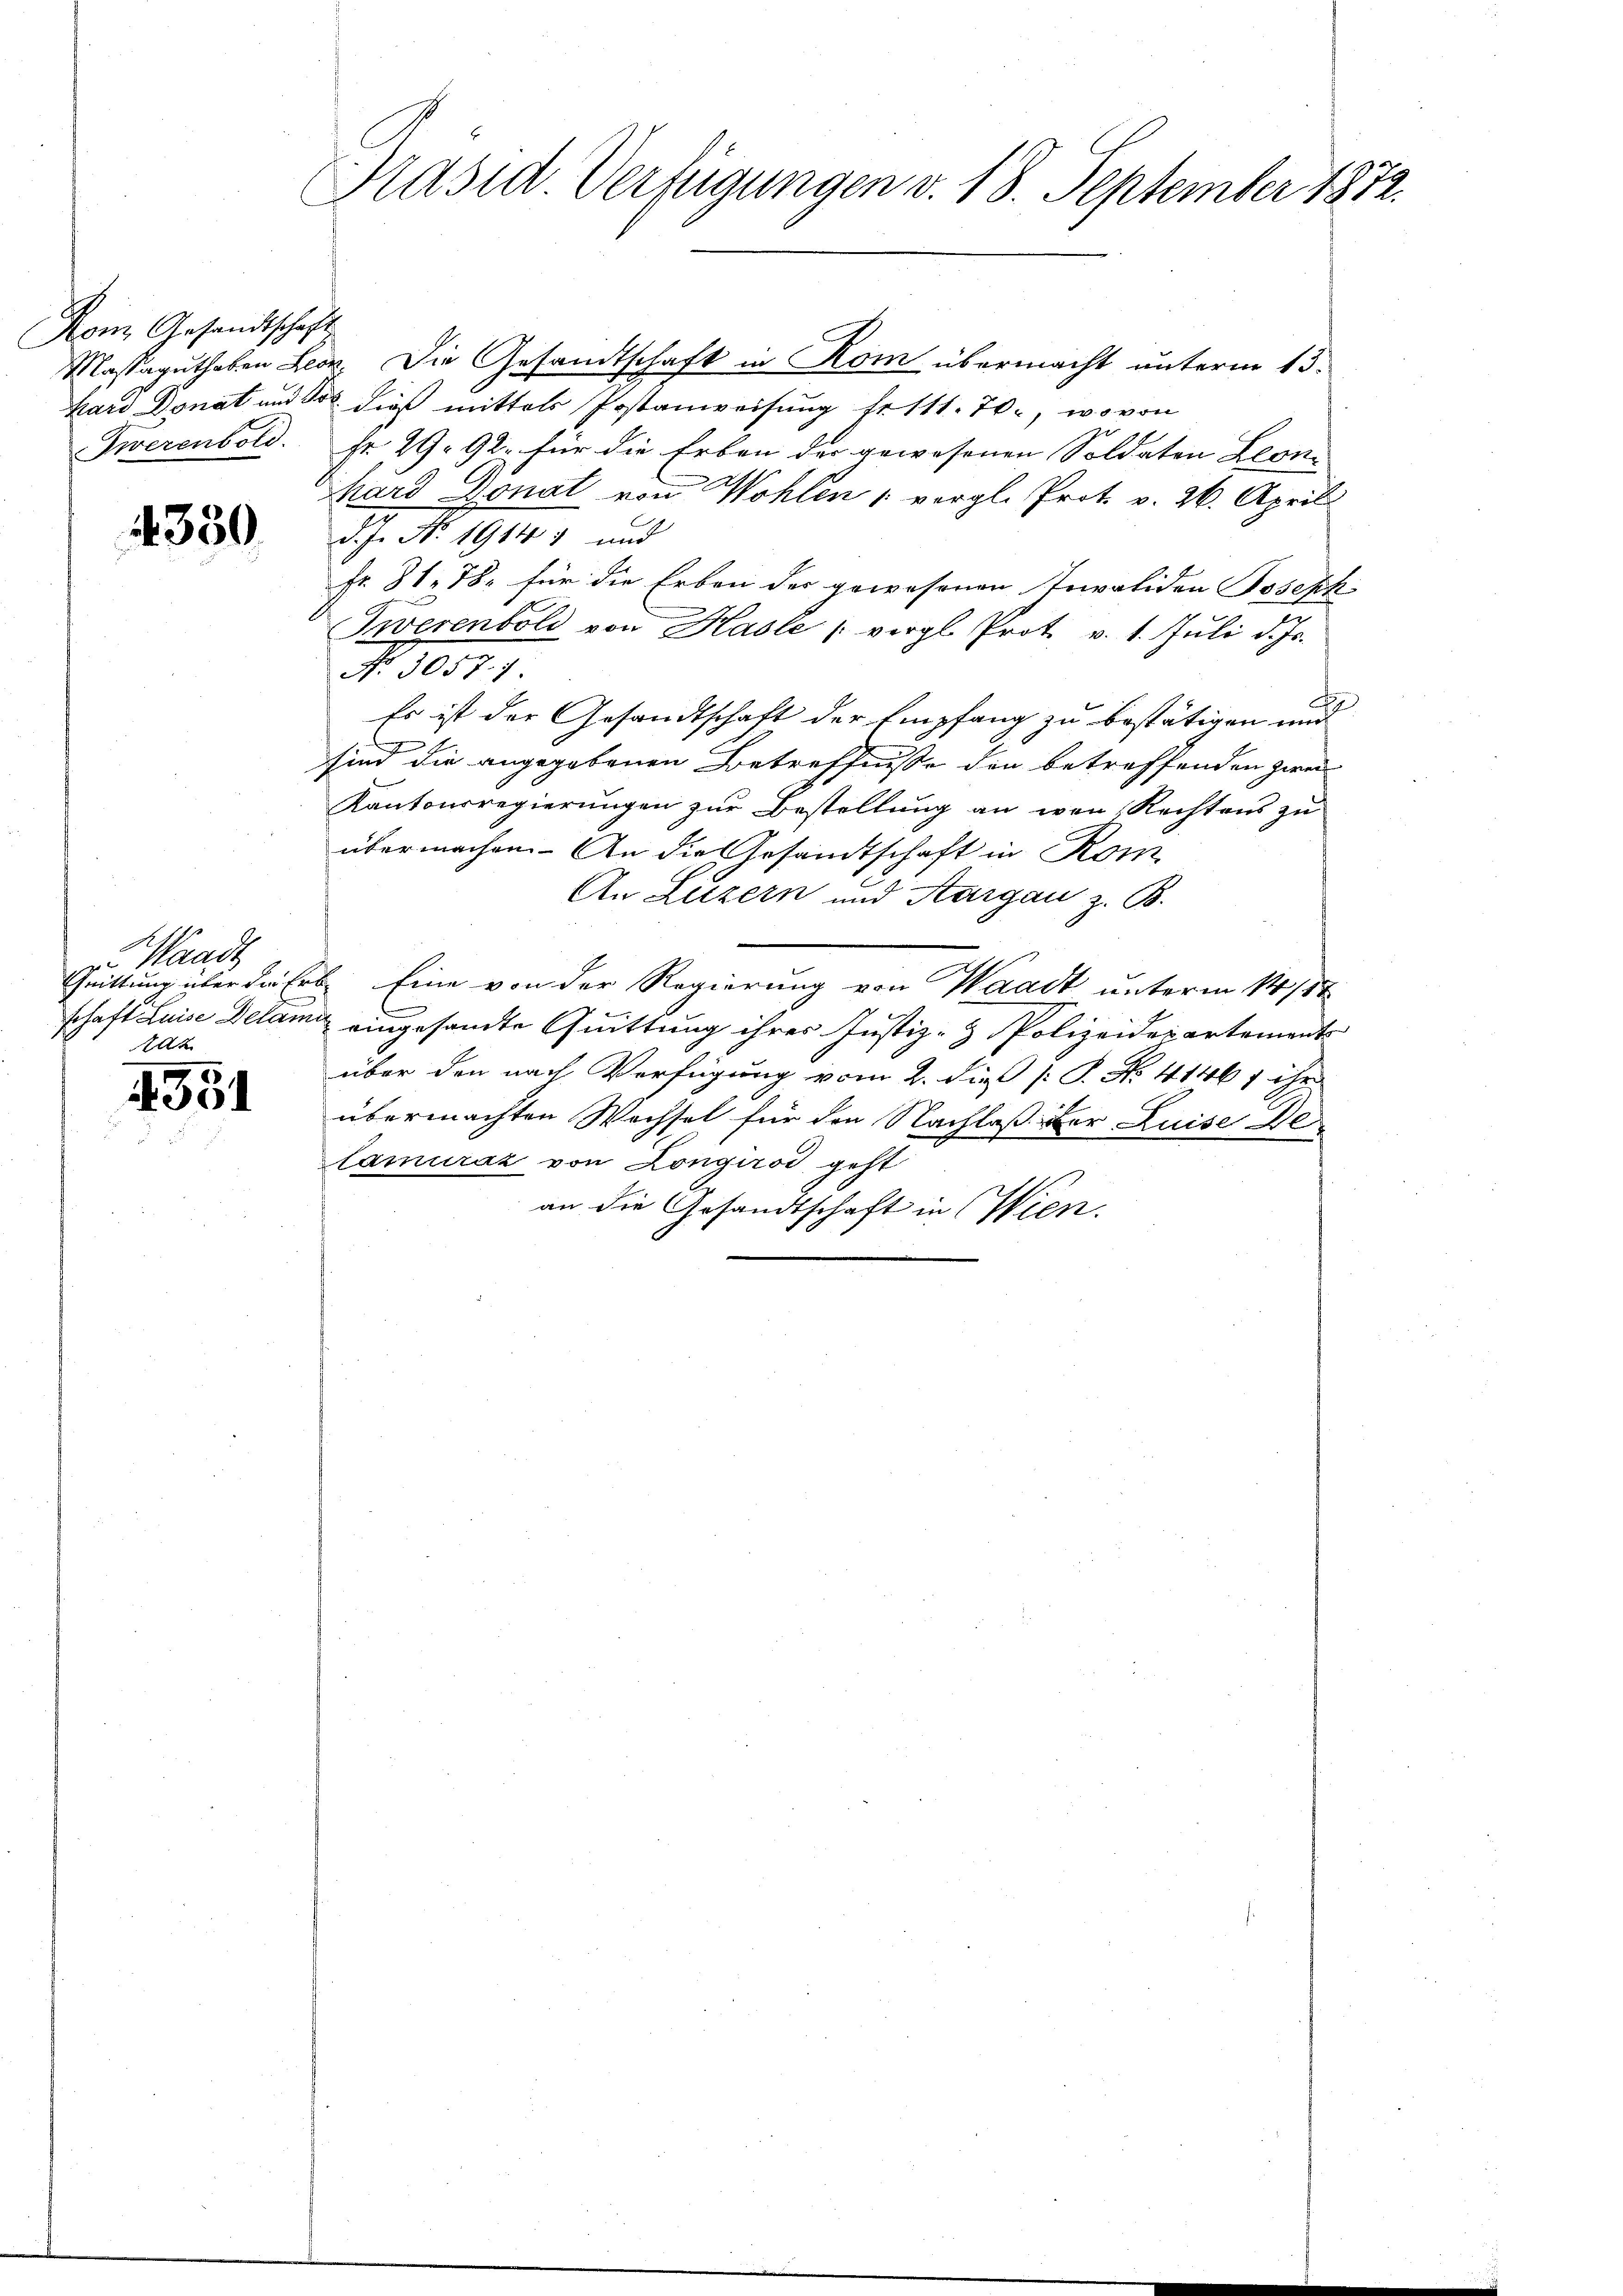
Kom Gesandtschaft

4330

Waad
dz

4351

Präsid. Verfügungen v. 18. September 1872.

Massaguthaben Leor. Die Gesandtschaft in Kom übermacht unterm 15.
hard Donat und der dieß mittels Postanweisung fr 111. 70, wovon
Twerenbold. Fr. 29. 92. für die Erben der gewesenen Soldaten Leonhard Donat von Wohlen 1 vergl. Prot v. 26. April
d. J. No. 1914) und
Fr. 31. 78. für die Erben des gewesenen Invaliden Joseph-
Twerenbold von Hasle (vergl. Prot. v. 1. Juli d. Js.
No. 3057. 1.
Es ist der Gesandtschaft der Empfang zu bestätigen und
sind die angegebenen Betreffnisse den betreffenden zwei
Kantonsregierungen zur Bestellung an wen Rechtens zu
übermachen. An die Gesandtschaft in Rom
An Luzern und Aargau z. B.
Grittung über die Erbe. Eine von der Regierung von Waadt unterm 14/1t
schaft Luise Delam eingesandte Quittung ihres Justiz- & Polizeidepartements
über den nach Verfügung vom 2. dieß P. P. No. 4146 f ihr
übermachten Wechsel für den Nachlaß der Luise Delamurat von Longirsi geht
an die Gesandtschaft in Wien.